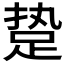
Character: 𰸈